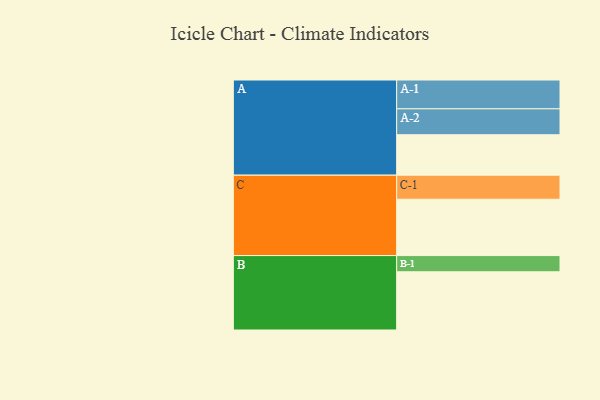
{"axis": {"x": "Segment", "y": "Value"}, "legend": ["", "A", "B", "C"], "data": [{"x": "A", "y": 407, "type": ""}, {"x": "B", "y": 586, "type": ""}, {"x": "C", "y": 567, "type": ""}, {"x": "A-1", "y": 290, "type": "A"}, {"x": "A-2", "y": 261, "type": "A"}, {"x": "B-1", "y": 163, "type": "B"}, {"x": "C-1", "y": 242, "type": "C"}]}